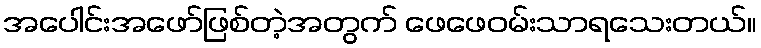
အပေါင်းအဖော်ဖြစ်တဲ့အတွက် ဖေဖေဝမ်းသာရသေးတယ်။